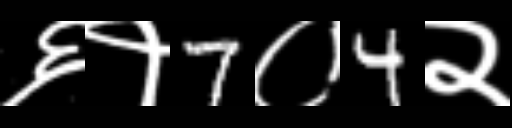
Text: ६१7०4२